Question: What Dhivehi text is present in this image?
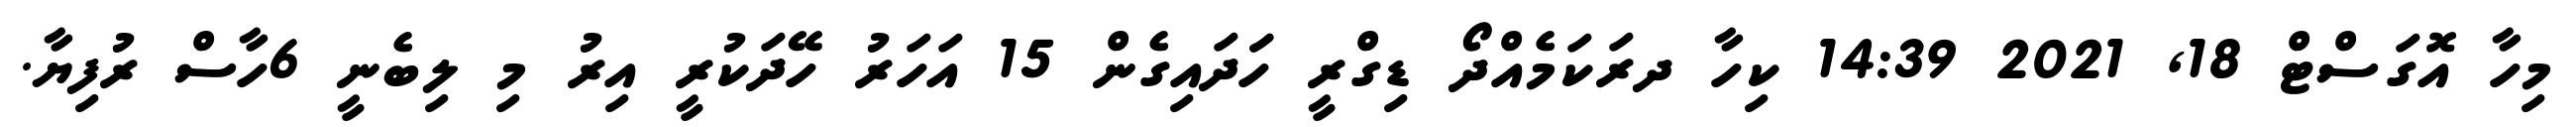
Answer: މިހާ އޮގަސްޓް 18, 2021 14:39 ކިހާ ދރަކަމެއްދޯ ޑިގްރީ ހަަދައިގެން 15 އަހަރު ހޭދަކުރީ އިރު މި ލިބެނީ 6ހާސް ރުފިޔާ.